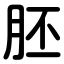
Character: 胚